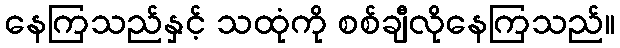
နေကြသည်နှင့် သထုံကို စစ်ချီလိုနေကြသည်။